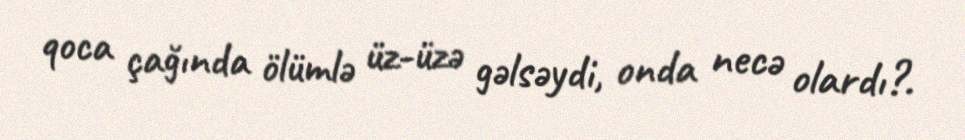
qoca çağında ölümlə üz-üzə gəlsəydi, onda necə olardı?.